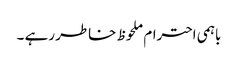
باہمی احترام ملحوظ خاطر رہے ۔